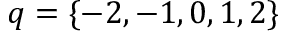
q = \{ - 2 , - 1 , 0 , 1 , 2 \}